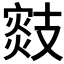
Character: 𢻟